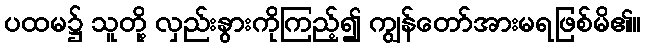
ပထမ၌ သူတို့ လှည်းနွားကိုကြည့်၍ ကျွန်တော်အားမရဖြစ်မိ၏။